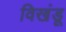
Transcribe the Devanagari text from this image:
विखंडू